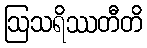
ဩသရိဿတီတိ